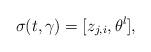
LaTeX: \begin{align*} \sigma(t,\gamma) = [z_{j,i},\theta^l], \end{align*}